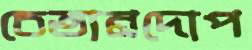
চেতানদোপ